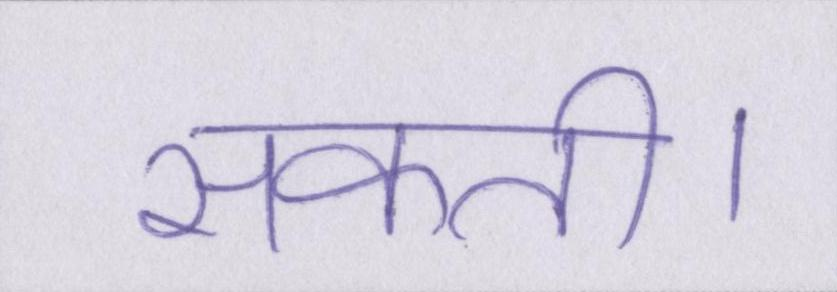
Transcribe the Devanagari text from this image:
सकती।